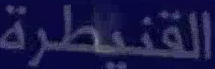
القنيطرة